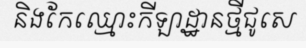
និងកែឈ្មោះកីឡាដ្ឋានថ្មីជូសេ